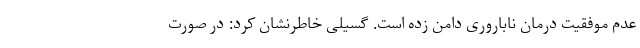
عدم موفقیت درمان ناباروری دامن زده است. گسیلی خاطرنشان کرد: در صورت